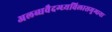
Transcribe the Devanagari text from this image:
अलब्धवैदग्ध्यविलासमुग्धया